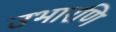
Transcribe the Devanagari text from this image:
उभारणि